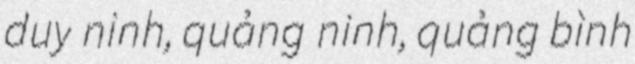
duy ninh, quảng ninh, quảng bình